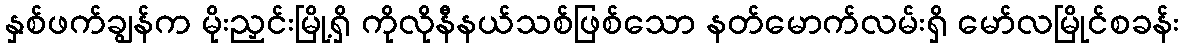
နှစ်ဖက်ချွန်က မိုးညှင်းမြို့ရှိ ကိုလိုနီနယ်သစ်ဖြစ်သော နတ်မောက်လမ်းရှိ မော်လမြိုင်စခန်း